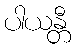
ပါယန္တီ